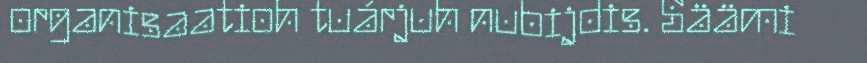
organisaatioh tuárjuh nubijdis. Säämi